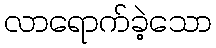
လာရောက်ခဲ့သော